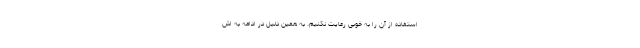
استفاده از آن را به خوبی رعایت نکنیم. به همین دلیل در ادامه به اش